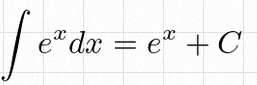
\int e^x dx=e^x+C